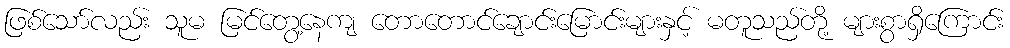
ဖြစ်သော်လည်း သူမ မြင်တွေ့နေကျ တောတောင်ချောင်းမြောင်းများနှင့် မတူသည်တို့ များစွာရှိကြောင်း